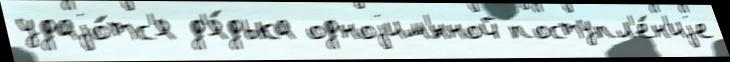
удаjо́тс'я д'я́дька одноjим'́нной поступл'е́н'иjе